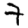
Digit: 7